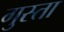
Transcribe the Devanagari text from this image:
गुस्ता